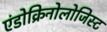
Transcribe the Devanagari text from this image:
एंडोक्रिनोलोजिस्ट